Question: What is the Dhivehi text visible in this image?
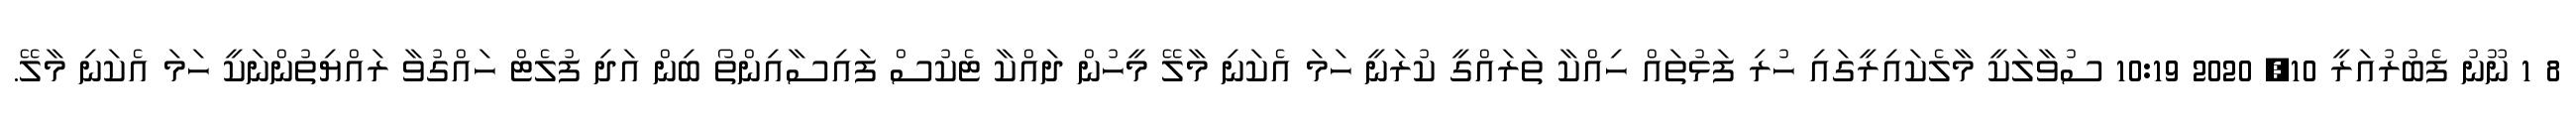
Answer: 8 1 ނޫނު ފެބުރުއަރީ 10, 2020 10:19 ސުވާލަކީ މާލެކައިރީގައި ހުރި ފަޅުތައް ހިއްކާ ތަރައްގީ ކުރަނީ ހަމަ އެކަނި މާލޭ މީހުން ދައްކާ ޓެކުސް ފައިސާއިންތޯ ބިން އަދި ފުލެޓް ހައްގުވާ ރައްޔިތުންނަކީ ހަމަ އެކަނި މާލޭ.